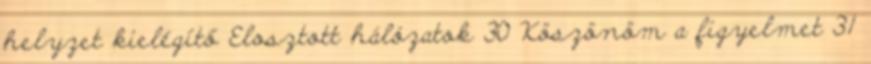
helyzet kielégítő Elosztott hálózatok 30 Köszönöm a figyelmet 31